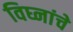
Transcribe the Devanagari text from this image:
विघ्नांचे